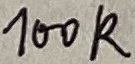
Text: 100K